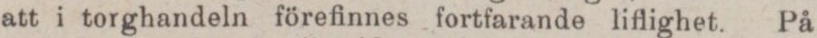
att i torghandeln förefinnes fortfarande liflighet. På